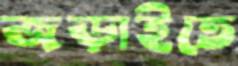
জড়াইতে